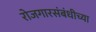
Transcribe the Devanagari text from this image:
रोजगारसंबंधीच्या